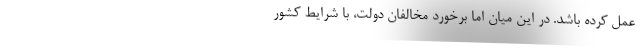
عمل کرده باشد. در این میان اما برخورد مخالفان دولت، با شرایط کشور